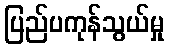
ပြည်ပကုန်သွယ်မှု